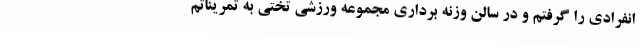
انفرادی را گرفتم و در سالن وزنه برداری مجموعه ورزشی تختی به تمریناتم